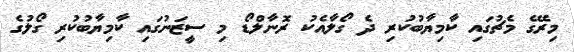
މިރޭގެ މެޗުގައި ކާމިޔާބުކުރި ދެ ގޯލާއެކު ރޮނާލްޑޯ މި ސީޒަނުގައި ކާމިޔާބުކުރި ގޯލުގެ